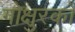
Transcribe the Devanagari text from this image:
गोक्षुरको